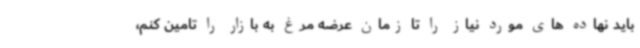
باید نهاده های مورد نیاز را تا زمان عرضه مرغ به بازار را تامین کنم،